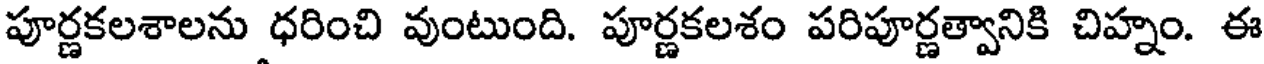
పూర్ణకలశాలను ధరించి వుంటుంది. పూర్ణకలశం పరిపూర్ణత్వానికి చిహ్నం. ఈ